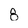
Character: 8